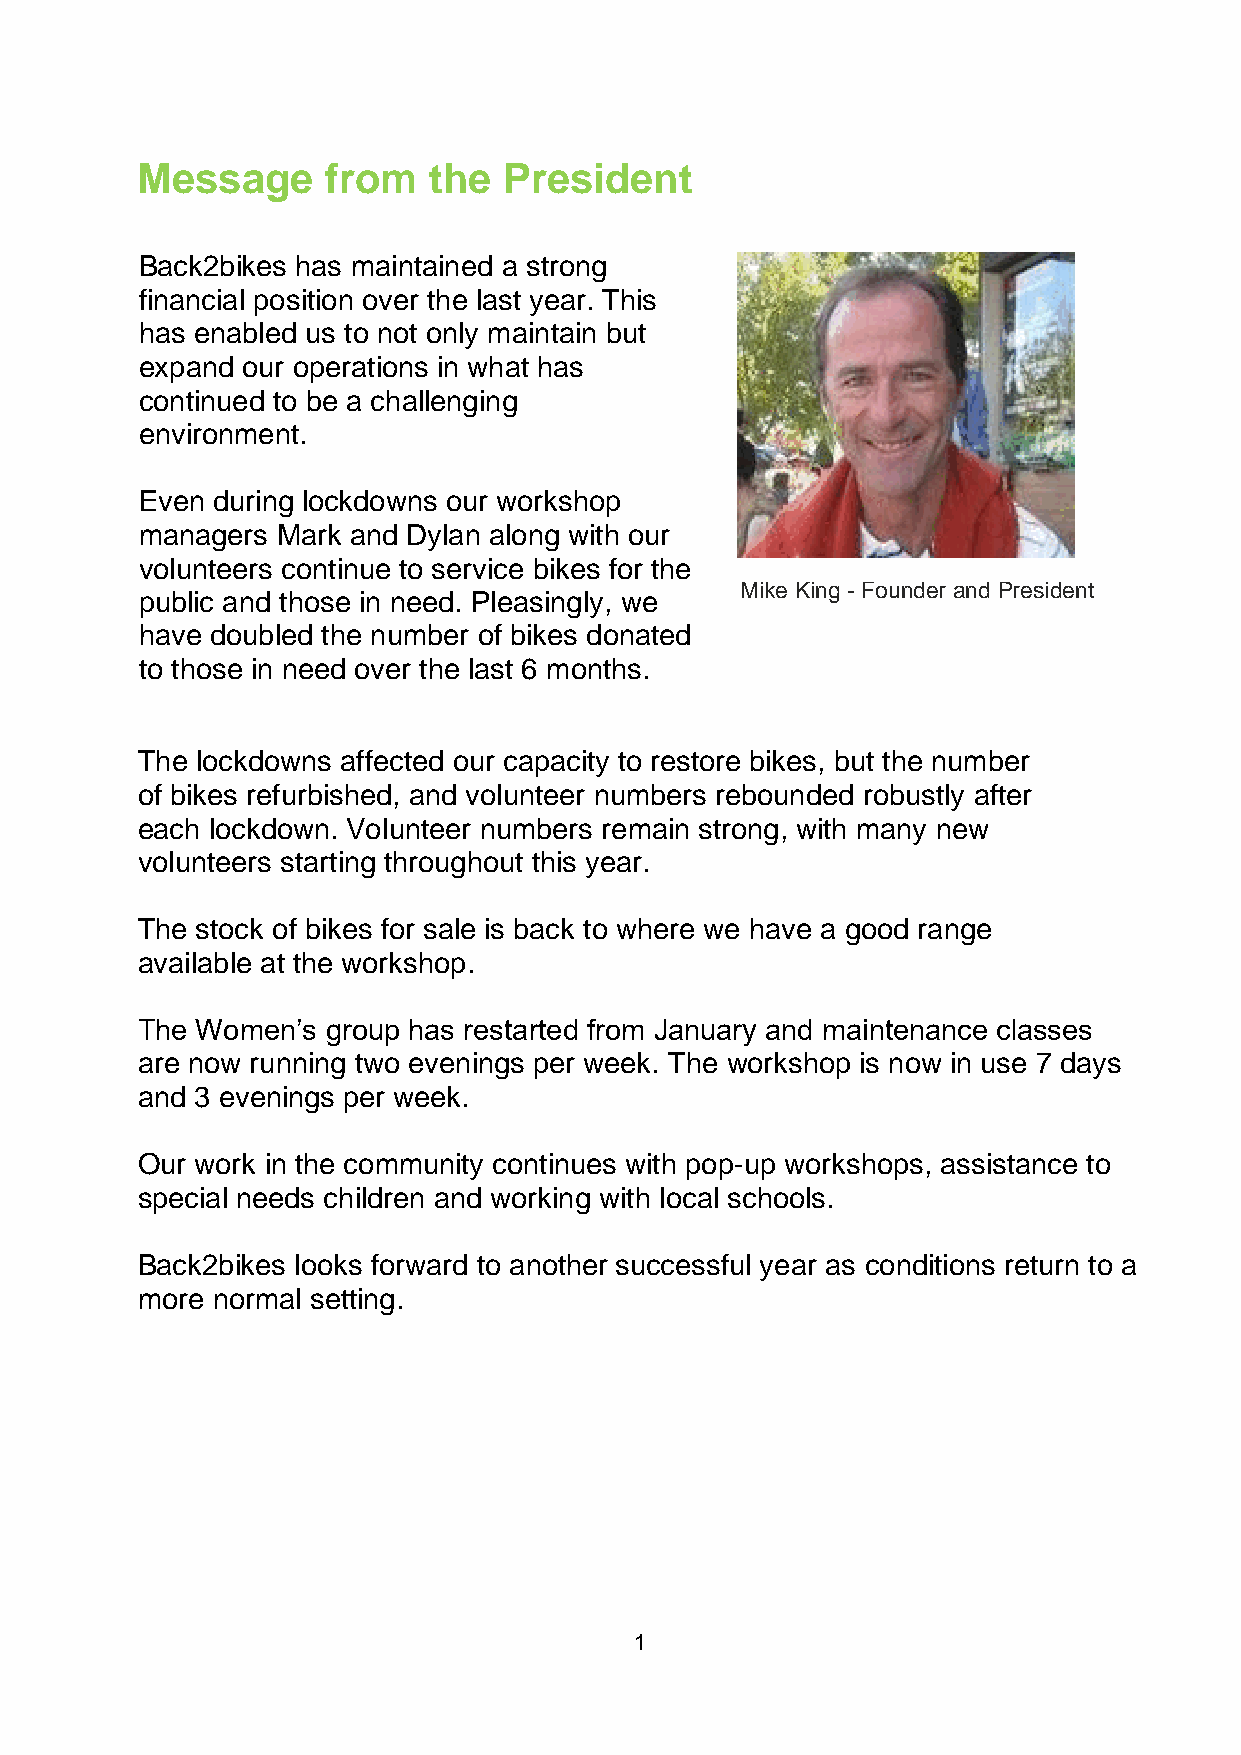
Message      from  the  President
 Back2bikes has maintained a strong
 financial position over the last year. This
 has enabled us to not only maintain but
 expand our operations in what has
 continued to be a challenging
 environment.
 Even during lockdowns our workshop
 managers Mark and Dylan along with our
 volunteers continue to service bikes for the
 Mike King - Founder and President
 public and those in need. Pleasingly, we
 have doubled the number of bikes donated
 to those in need over the last 6 months.
 The lockdowns affected our capacity to restore bikes, but the number
 of bikes refurbished, and volunteer numbers rebounded robustly after
 each lockdown. Volunteer numbers remain strong, with many new
 volunteers starting throughout this year.
 The stock of bikes for sale is back to where we have a good range
 available at the workshop.
 The Women’s  group has restarted from January and maintenance classes
 are now running two evenings per week. The workshop is now in use 7 days
 and 3 evenings per week.
 Our work in the community continues with pop-up workshops, assistance to
 special needs children and working with local schools.
 Back2bikes looks forward to another successful year as conditions return to a
 more normal setting.
 1